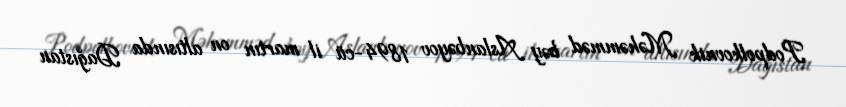
Podpolkovnik Məhəmməd bəy Aslanbəyov 1894-cü il martın on altısında Dağıstan